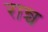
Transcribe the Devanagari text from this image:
रान्च